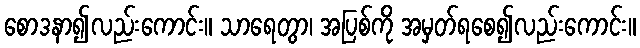
စောဒနာ၍လည်းကောင်း။ သာရေတွာ၊ အပြစ်ကို အမှတ်ရစေ၍လည်းကောင်း။